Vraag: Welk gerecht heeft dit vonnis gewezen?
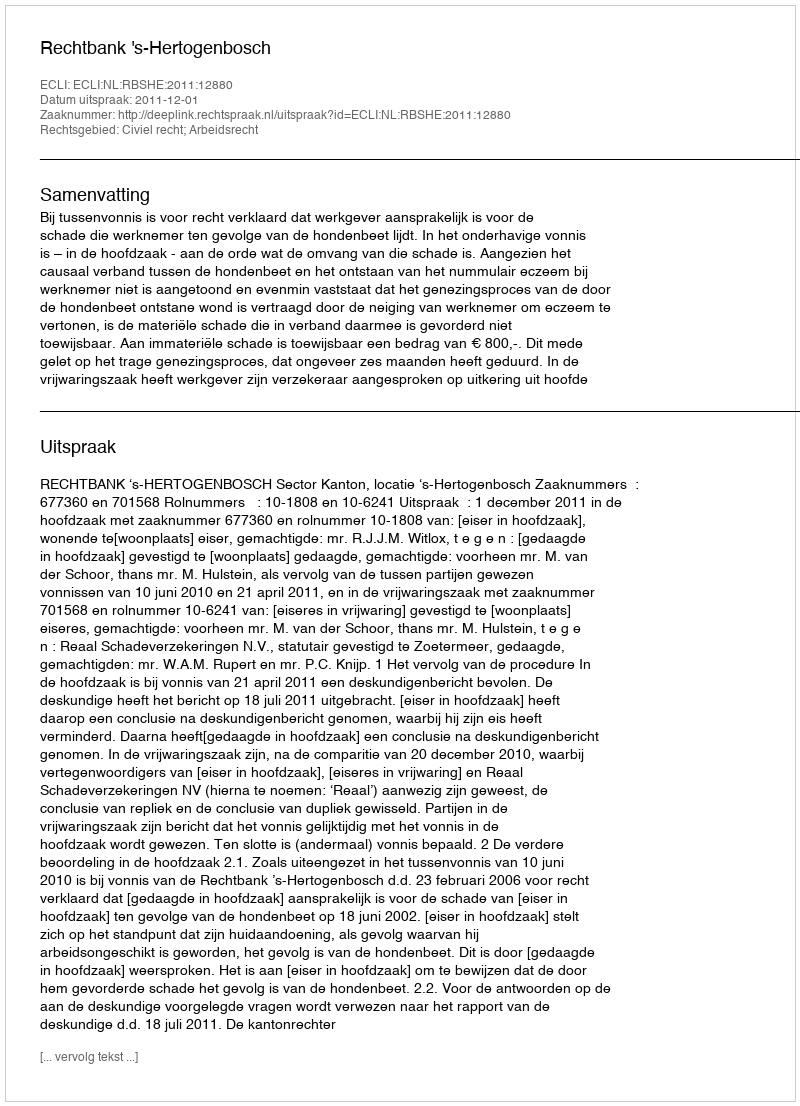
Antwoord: Rechtbank 's-Hertogenbosch